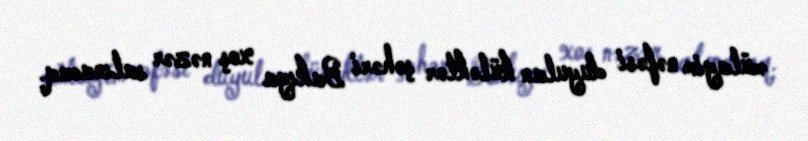
mülayim nəfəsi duyulan küləklər şəhəri Bakıya xoş nəzər salınacaq.